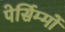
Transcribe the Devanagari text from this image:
पेर्सिम्मों